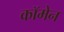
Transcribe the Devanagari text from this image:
कॉमेन